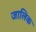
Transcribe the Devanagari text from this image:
जालिक